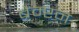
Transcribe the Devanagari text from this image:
ब्रैम्प्टन